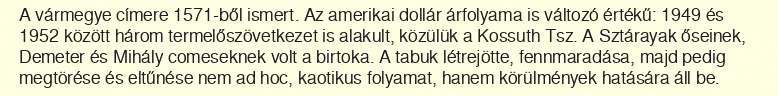
A vármegye címere 1571-ből ismert. Az amerikai dollár árfolyama is változó értékű: 1949 és 1952 között három termelőszövetkezet is alakult, közülük a Kossuth Tsz. A Sztárayak őseinek, Demeter és Mihály comeseknek volt a birtoka. A tabuk létrejötte, fennmaradása, majd pedig megtörése és eltűnése nem ad hoc, kaotikus folyamat, hanem körülmények hatására áll be.